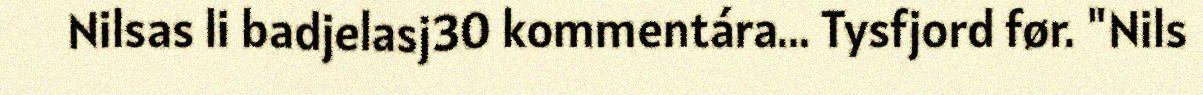
Nilsas li badjelasj30 kommentára... Tysfjord før. "Nils